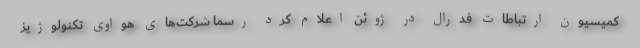
کمیسیون ارتباطات فدرال در ژوئن اعلام کرد رسما شرکت‌های هواوی تکنولوژیز